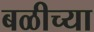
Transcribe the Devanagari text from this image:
बळीच्या